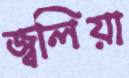
জ্বলিয়া